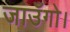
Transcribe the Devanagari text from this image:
जाउँगो।